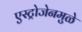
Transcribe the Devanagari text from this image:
एस्ट्रोजेनमुळे